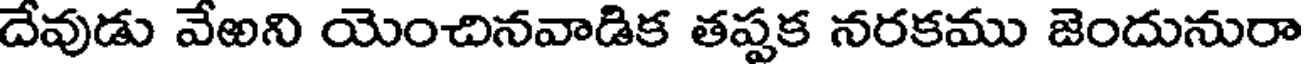
దేవుడు వేఱని యెంచినవాడిక తప్పక నరకము జెందునురా